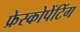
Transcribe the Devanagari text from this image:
फ्रेस्कोपेंटिंग